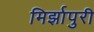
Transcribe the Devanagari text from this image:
मिर्झापुरी